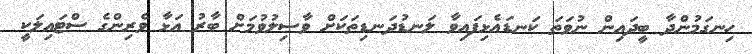
ހިނގަމުންދާ ބީދައިން ނުވަތަ ކަނޑައެޅިފައިވާ ލަނޑުދަނޑިތަކަށް ވާޞިލުވުމަށް ބާރު އަޅާ ވެރިންގެ ސްޓައިލަކީ